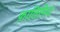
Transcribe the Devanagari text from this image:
फ़ातिमिद